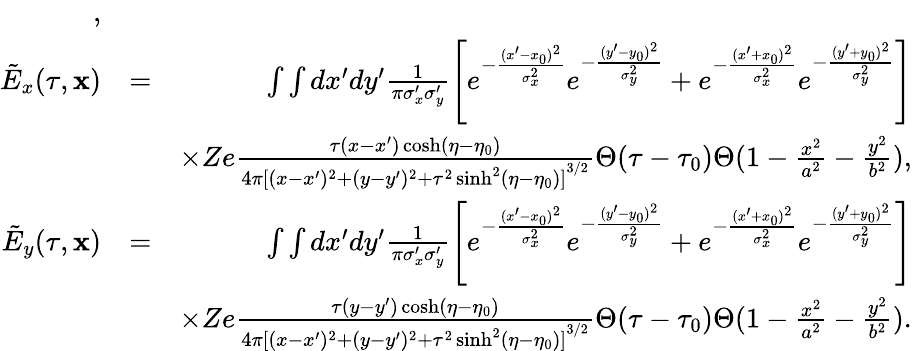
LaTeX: \begin{array}{rlr}{,}\\ {\tilde{E}_{x}(\tau,\mathbf{x})}&{=}&{\int\int dx^{\prime}dy^{\prime}\frac{1}{\pi\sigma_{x}^{\prime}\sigma_{y}^{\prime}}\left[e^{-\frac{(x^{\prime}-x_{0})^{2}}{\sigma_{x}^{2}}}e^{-\frac{(y^{\prime}-y_{0})^{2}}{\sigma_{y}^{2}}}+e^{-\frac{(x^{\prime}+x_{0})^{2}}{\sigma_{x}^{2}}}e^{-\frac{(y^{\prime}+y_{0})^{2}}{\sigma_{y}^{2}}}\right]}\\ &{}&{\times Ze\frac{\tau(x-x^{\prime})\cosh(\eta-\eta_{0})}{4\pi{[(x-x^{\prime})^{2}+(y-y^{\prime})^{2}+\tau^{2}\sinh^{2}(\eta-\eta_{0})]}^{3/2}}\Theta(\tau-\tau_{0})\Theta(1-\frac{x^{2}}{a^{2}}-\frac{y^{2}}{b^{2}}),}\\ {\tilde{E}_{y}(\tau,\mathbf{x})}&{=}&{\int\int dx^{\prime}dy^{\prime}\frac{1}{\pi\sigma_{x}^{\prime}\sigma_{y}^{\prime}}\left[e^{-\frac{(x^{\prime}-x_{0})^{2}}{\sigma_{x}^{2}}}e^{-\frac{(y^{\prime}-y_{0})^{2}}{\sigma_{y}^{2}}}+e^{-\frac{(x^{\prime}+x_{0})^{2}}{\sigma_{x}^{2}}}e^{-\frac{(y^{\prime}+y_{0})^{2}}{\sigma_{y}^{2}}}\right]}\\ &{}&{\times Ze\frac{\tau(y-y^{\prime})\cosh(\eta-\eta_{0})}{4\pi{[(x-x^{\prime})^{2}+(y-y^{\prime})^{2}+\tau^{2}\sinh^{2}(\eta-\eta_{0})]}^{3/2}}\Theta(\tau-\tau_{0})\Theta(1-\frac{x^{2}}{a^{2}}-\frac{y^{2}}{b^{2}}).}\end{array}